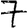
Digit: 7